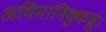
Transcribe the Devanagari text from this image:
अभिमानिक्कुन्नु।